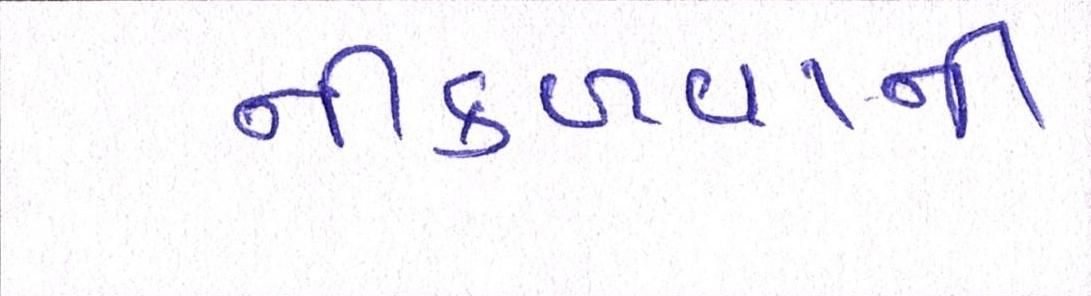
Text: નીકળવાની